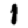
Digit: 1